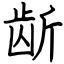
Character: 龂